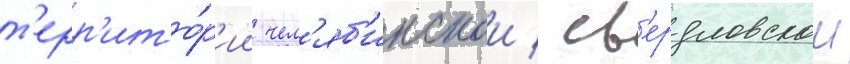
т'ерр'ито́р'ии чел'яб'инскои / св'ердловскои